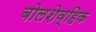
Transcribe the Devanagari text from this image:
बोलशेव्हिक